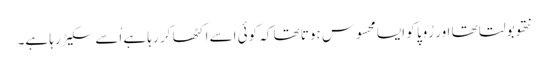
نتھو بولتا تھا اور رُوپا کو ایسا محسوس ہوتا تھا کہ کوئی اسے اکٹھا کر رہا ہے اُسے سکیڑ رہا ہے۔